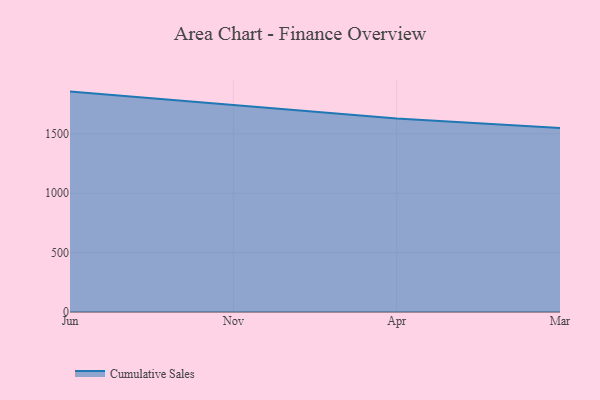
{"axis": {"x": "Month", "y": "Budget (USD K)"}, "legend": ["Cumulative Sales"], "data": [{"x": "Jun", "y": 1855.5, "type": "Cumulative Sales"}, {"x": "Nov", "y": 1740.9, "type": "Cumulative Sales"}, {"x": "Apr", "y": 1629.1, "type": "Cumulative Sales"}, {"x": "Mar", "y": 1548.4, "type": "Cumulative Sales"}]}